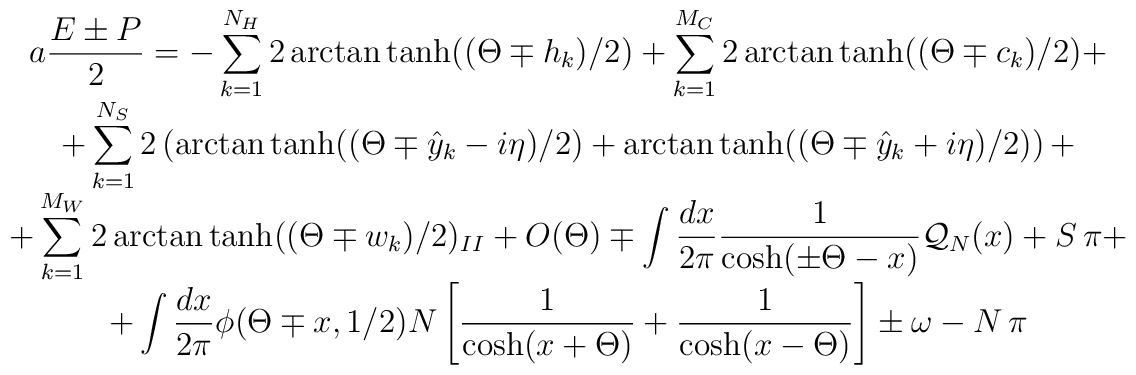
\begin{array}{c}\displaystyle a\displaystyle\frac{E\pm P}{2}=-\displaystyle\sum ^{N_{H}}_{k=1}2\arctan \tanh ((\Theta \mp h_{k})/2)+\displaystyle\sum ^{M_{C}}_{k=1}2\arctan \tanh ((\Theta \mp c_{k})/2)+\\+\displaystyle\sum ^{N_{S}}_{k=1}2\left( \arctan \tanh ((\Theta \mp \hat{y}_{k}-i\eta )/2)+\arctan \tanh ((\Theta \mp \hat{y}_{k}+i\eta )/2)\right) +\\+\displaystyle\sum ^{M_{W}}_{k=1}2\arctan \tanh ((\Theta \mp w_{k})/2)_{II}+O(\Theta )\mp \displaystyle\int \displaystyle\frac{dx}{2\pi }\displaystyle\frac{1}{\cosh (\pm \Theta -x)}{\cal Q}_{N}(x)+S\, \pi +\\+\displaystyle\int \displaystyle\frac{dx}{2\pi }\phi (\Theta \mp x,1/2)N\left[ \displaystyle\frac{1}{\cosh (x+\Theta )}+\displaystyle\frac{1}{\cosh (x-\Theta )}\right] \pm \omega -N\, \pi \end{array}